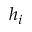
h _ { i }